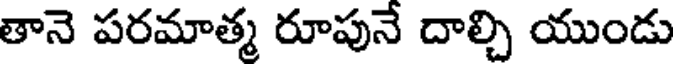
తానె పరమాత్మ రూపునే దాల్చి యుండు